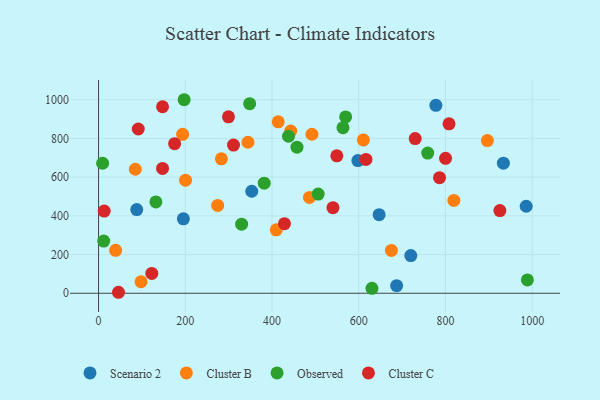
{"axis": {"x": "Engine Size", "y": "Sales"}, "legend": ["Cluster B", "Cluster C", "Observed", "Scenario 2"], "data": [{"x": "933.6", "y": 672.0, "type": "Scenario 2"}, {"x": "647.0", "y": 405.7, "type": "Scenario 2"}, {"x": "720.1", "y": 194.4, "type": "Scenario 2"}, {"x": "687.4", "y": 39.3, "type": "Scenario 2"}, {"x": "986.2", "y": 449.4, "type": "Scenario 2"}, {"x": "88.1", "y": 432.0, "type": "Scenario 2"}, {"x": "353.3", "y": 526.7, "type": "Scenario 2"}, {"x": "195.6", "y": 384.3, "type": "Scenario 2"}, {"x": "777.9", "y": 970.5, "type": "Scenario 2"}, {"x": "598.0", "y": 685.0, "type": "Scenario 2"}, {"x": "274.7", "y": 453.4, "type": "Cluster B"}, {"x": "896.7", "y": 788.4, "type": "Cluster B"}, {"x": "39.4", "y": 221.5, "type": "Cluster B"}, {"x": "414.3", "y": 885.1, "type": "Cluster B"}, {"x": "98.0", "y": 59.5, "type": "Cluster B"}, {"x": "486.4", "y": 495.1, "type": "Cluster B"}, {"x": "84.8", "y": 640.3, "type": "Cluster B"}, {"x": "492.0", "y": 821.1, "type": "Cluster B"}, {"x": "409.9", "y": 327.4, "type": "Cluster B"}, {"x": "200.6", "y": 583.6, "type": "Cluster B"}, {"x": "819.4", "y": 479.4, "type": "Cluster B"}, {"x": "610.7", "y": 791.8, "type": "Cluster B"}, {"x": "675.3", "y": 221.2, "type": "Cluster B"}, {"x": "443.1", "y": 837.3, "type": "Cluster B"}, {"x": "193.9", "y": 820.7, "type": "Cluster B"}, {"x": "283.3", "y": 694.0, "type": "Cluster B"}, {"x": "344.5", "y": 779.9, "type": "Cluster B"}, {"x": "197.4", "y": 999.4, "type": "Observed"}, {"x": "988.9", "y": 68.7, "type": "Observed"}, {"x": "9.4", "y": 671.4, "type": "Observed"}, {"x": "132.2", "y": 471.7, "type": "Observed"}, {"x": "506.5", "y": 512.0, "type": "Observed"}, {"x": "759.1", "y": 724.1, "type": "Observed"}, {"x": "382.0", "y": 568.6, "type": "Observed"}, {"x": "11.9", "y": 269.7, "type": "Observed"}, {"x": "438.0", "y": 810.7, "type": "Observed"}, {"x": "457.6", "y": 754.4, "type": "Observed"}, {"x": "569.8", "y": 910.5, "type": "Observed"}, {"x": "630.5", "y": 25.7, "type": "Observed"}, {"x": "329.9", "y": 356.9, "type": "Observed"}, {"x": "348.5", "y": 979.0, "type": "Observed"}, {"x": "563.7", "y": 855.2, "type": "Observed"}, {"x": "13.0", "y": 424.2, "type": "Cluster C"}, {"x": "175.4", "y": 772.5, "type": "Cluster C"}, {"x": "299.6", "y": 910.9, "type": "Cluster C"}, {"x": "549.5", "y": 709.6, "type": "Cluster C"}, {"x": "730.2", "y": 798.8, "type": "Cluster C"}, {"x": "428.7", "y": 359.1, "type": "Cluster C"}, {"x": "808.2", "y": 875.1, "type": "Cluster C"}, {"x": "925.5", "y": 427.2, "type": "Cluster C"}, {"x": "540.6", "y": 441.9, "type": "Cluster C"}, {"x": "786.3", "y": 597.1, "type": "Cluster C"}, {"x": "800.2", "y": 697.0, "type": "Cluster C"}, {"x": "122.8", "y": 102.3, "type": "Cluster C"}, {"x": "147.6", "y": 644.7, "type": "Cluster C"}, {"x": "616.7", "y": 691.0, "type": "Cluster C"}, {"x": "147.6", "y": 963.2, "type": "Cluster C"}, {"x": "46.0", "y": 5.1, "type": "Cluster C"}, {"x": "91.6", "y": 848.2, "type": "Cluster C"}, {"x": "311.2", "y": 765.4, "type": "Cluster C"}]}